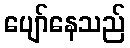
ပျော်နေသည်